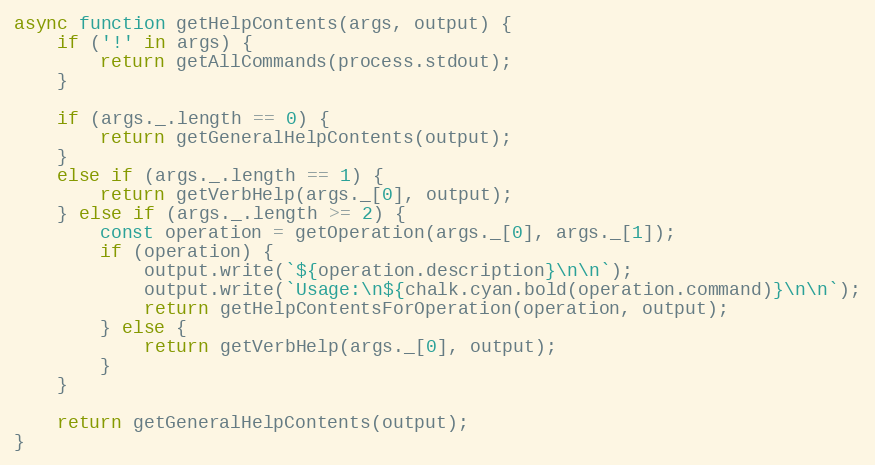
Language: JavaScript
async function getHelpContents(args, output) {
    if ('!' in args) {
        return getAllCommands(process.stdout);
    }

    if (args._.length == 0) {
        return getGeneralHelpContents(output);
    }
    else if (args._.length == 1) {
        return getVerbHelp(args._[0], output);
    } else if (args._.length >= 2) {
        const operation = getOperation(args._[0], args._[1]);
        if (operation) {
            output.write(`${operation.description}\n\n`);
            output.write(`Usage:\n${chalk.cyan.bold(operation.command)}\n\n`);
            return getHelpContentsForOperation(operation, output);
        } else {
            return getVerbHelp(args._[0], output);
        }
    }

    return getGeneralHelpContents(output);
}